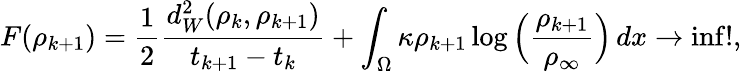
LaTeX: F(\rho_{k+1})=\frac{1}{2}\frac{d_{W}^{2}(\rho_{k},\rho_{k+1})}{t_{k+1}-t_{k}}+\int_{\Omega}\kappa\rho_{k+1}\log\Big(\frac{\rho_{k+1}}{\rho_{\infty}}\Big)\, dx\to\operatorname*{inf}!,